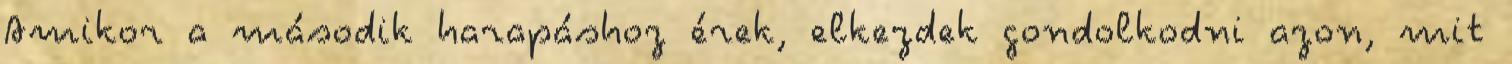
Amikor a második harapáshoz érek, elkezdek gondolkodni azon, mit